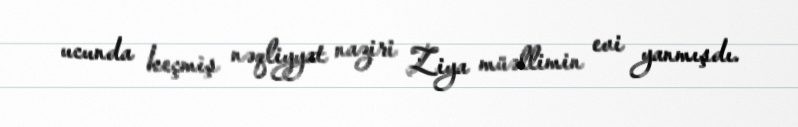
ucunda keçmiş nəqliyyat naziri Ziya müəllimin evi yanmışdı.